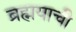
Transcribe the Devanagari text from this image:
ब्रह्मयाची